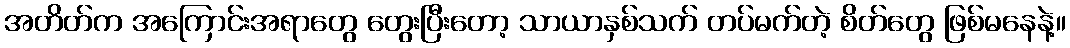
အတိတ်က အကြောင်းအရာတွေ တွေးပြီးတော့ သာယာနှစ်သက် တပ်မက်တဲ့ စိတ်တွေ ဖြစ်မနေနဲ့။